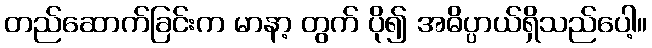
တည်ဆောက်ခြင်းက မာနာ့ တွက် ပို၍ အဓိပ္ပာယ်ရှိသည်ပေါ့။